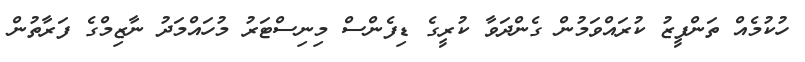
ހުކުމެއް ތަންފީޒު ކުރައްވަމުން ގެންދަވާ ކުރީގެ ޑިފެންސް މިނިސްޓަރު މުހައްމަދު ނާޒިމްގެ ފަރާތުން